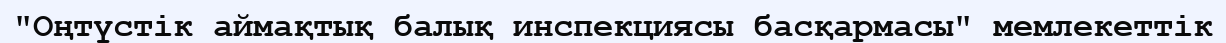
"Оңтүстік аймақтық балық инспекциясы басқармасы" мемлекеттік